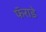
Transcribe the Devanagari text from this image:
फॅराडे